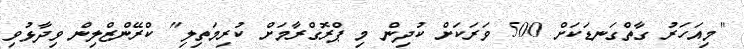
"މިއަހަރު ގާތްގަނޑަކަށް 500 ވަރަކަށް ކުދިން މި ޕްރޮގްރާމަށް ކުރިމަތިލި" ކްރޭންޒްލިން ވިދާޅުވި